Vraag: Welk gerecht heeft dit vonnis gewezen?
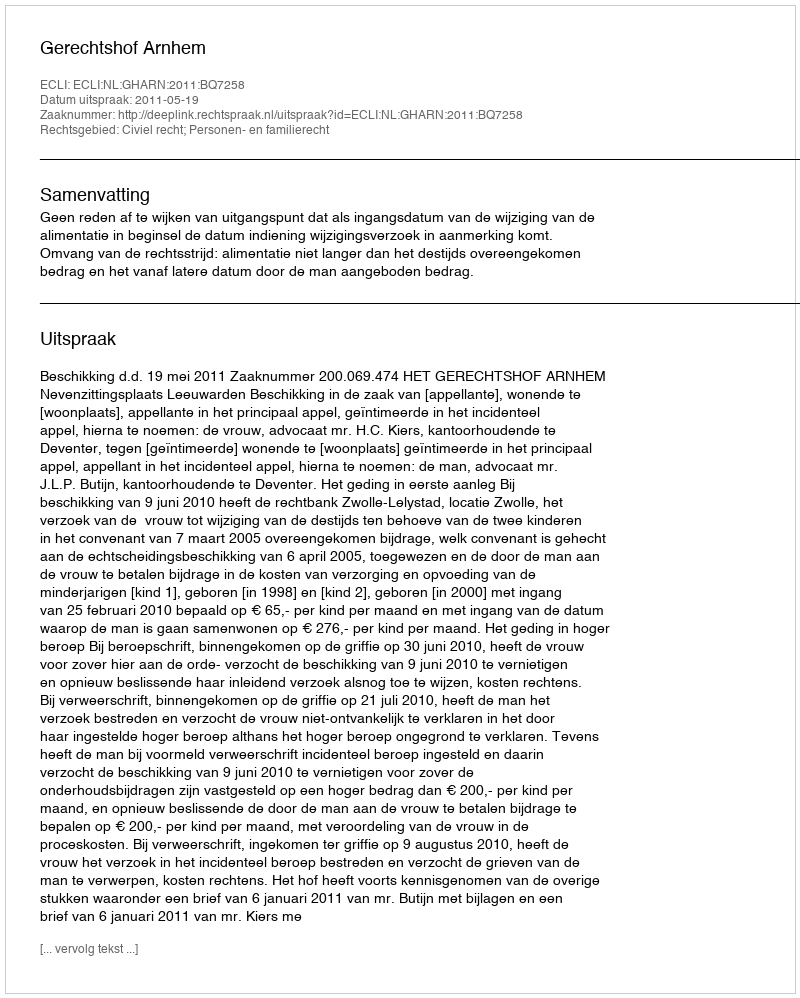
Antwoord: Gerechtshof Arnhem